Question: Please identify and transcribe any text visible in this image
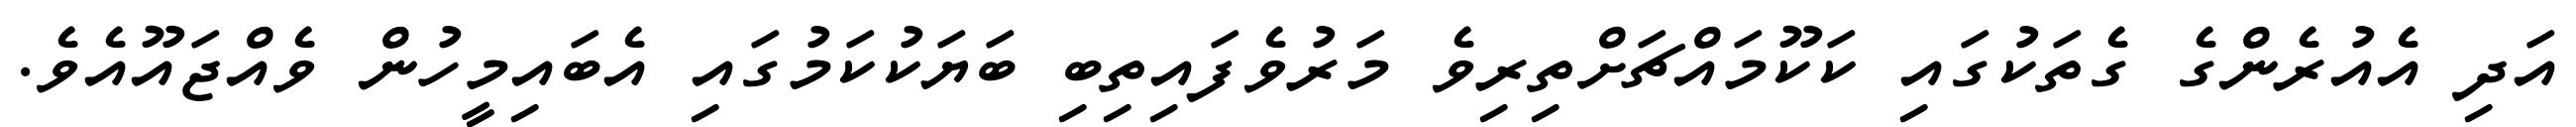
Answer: އަދި އެއުރެންގެ ގެތަކުގައި ކަކޫމައްޗަށްތިރިވެ މަރުވެފައިތިބި ބަޔަކުކަމުގައި އެބައިމީހުން ވެއްޖައޫއެވެ.